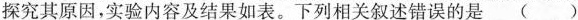
探究其原因，实验内容及结果如表。下列相关叙述错误的是 ( )